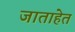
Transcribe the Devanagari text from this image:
जाताहेत